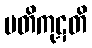
ပတိကုဋတိ